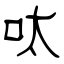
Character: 呔